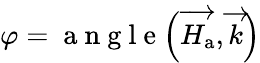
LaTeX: \varphi=\mathrm{~a~n~g~l~e~}\Big(\overrightarrow{H_{\mathrm{a}}},\overrightarrow{k}\Big)